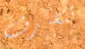
تتصرف